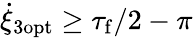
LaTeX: \dot{\xi}_{3\mathrm{opt}}\geq\tau_{\mathrm{f}}/2-\pi